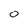
Character: 0